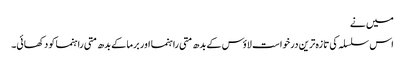
میں نے
اس سلسلہ کی تازہ ترین درخواست لاؤس کے بدھ متی راہنما اور برما کے بدھ متی راہنما کو دکھائی۔